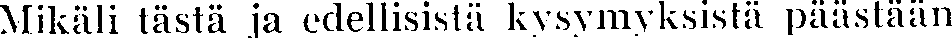
Mikäli tästä ja edellisistä ksymyyksistä päästään